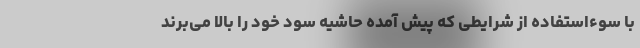
با سوءاستفاده از شرایطی که پیش آمده حاشیه سود خود را بالا می‌برند